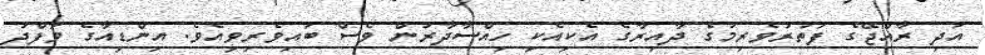
އަދި ރާއްޖޭގެ ފަތުރުވެރިމުގެ ދާއިރާގެ އެކިއެކި ހިއްސާދާރުން ވެސް ބައިވެރިވިއެވެ. އިންޑިއާގެ ވަފްދު